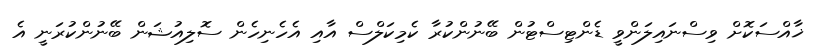
ޚާއްސަކޮށް ވިސްނައިލަންވީ ޑެންޓިސްޓުން ބޭނުންކުރާ ކެމިކަލްސް އާއި އެހެނިހެން ސޮލިއުޝަން ބޭނުންކުރަނީ އެ